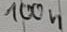
Text: 100n